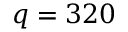
q = 3 2 0